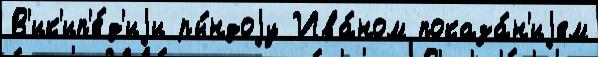
В'ик'ип'е́д'иjи ры́ндоjу Ива́ном показа́н'иjем